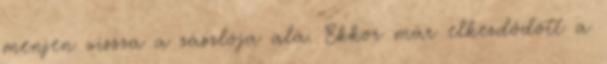
menjen vissza a zászlója alá. Ekkor már elkezdődött a